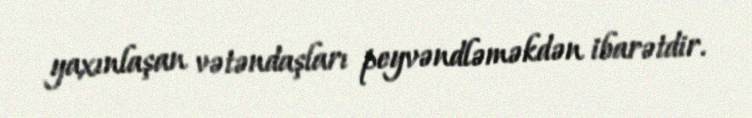
yaxınlaşan vətəndaşları peyvəndləməkdən ibarətdir.